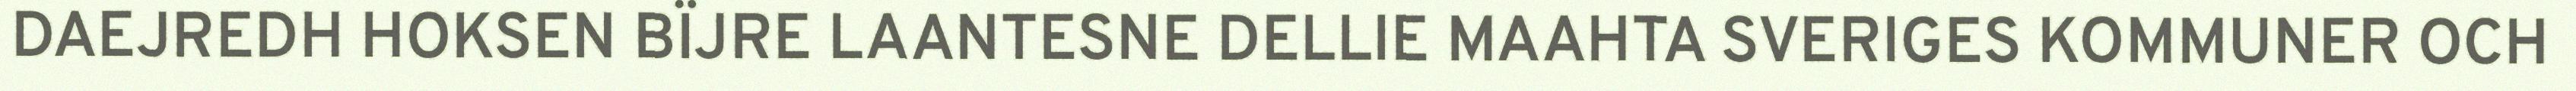
DAEJREDH HOKSEN BÏJRE LAANTESNE DELLIE MAAHTA SVERIGES KOMMUNER OCH